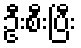
ဦးစီးပြီး